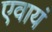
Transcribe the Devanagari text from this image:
एवायं